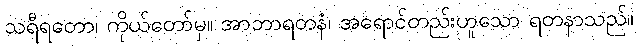
သရီရတော၊ ကိုယ်တော်မှ။ အာဘာရတနံ၊ အရောင်တည်းဟူသော ရတနာသည်။